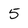
Character: 5